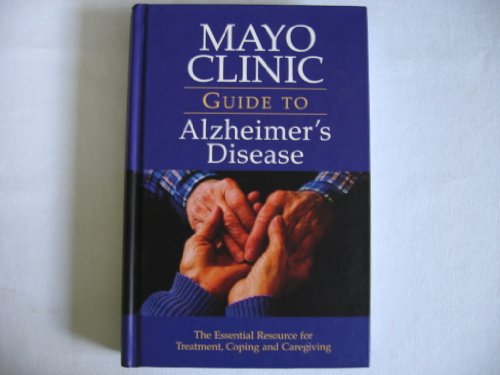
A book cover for Mayo Clinic Guide Alzheimer's Disease; Mayo Clinic; Health, Fitness & Dieting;